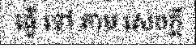
ធ្វើ ទៅ តាម សេចក្តី